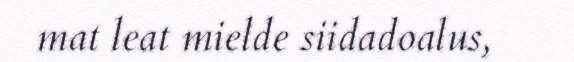
mat leat mielde siidadoalus,